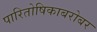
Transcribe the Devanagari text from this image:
पारितोषिकाबरोबर